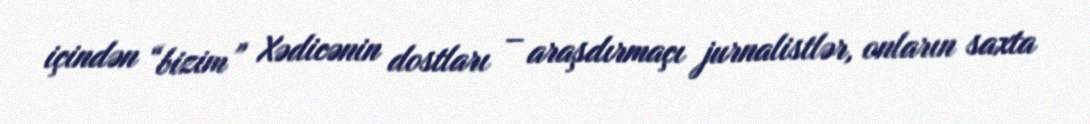
içindən “bizim” Xədicənin dostları – araşdırmaçı jurnalistlər, onların saxta